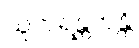
သူကရန္တကန္တိ